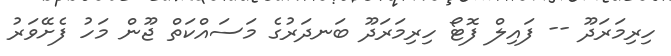
ހިރިމަރަދޫ -- ފައިލް ފޮޓޯ ހިރިމަރަދޫ ބަނދަރުގެ މަސައްކަތް ޖޫން މަހު ފެށޭވަރު